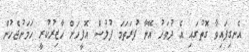
އެނގިފައިވާ ގޮތުގައި އެ ދުވަހު އޭނާ ފުރަތަމަ ފުލުސް އޮފީހަށް ހާޒިރުކުރީ ހަމަނުޖެހުން